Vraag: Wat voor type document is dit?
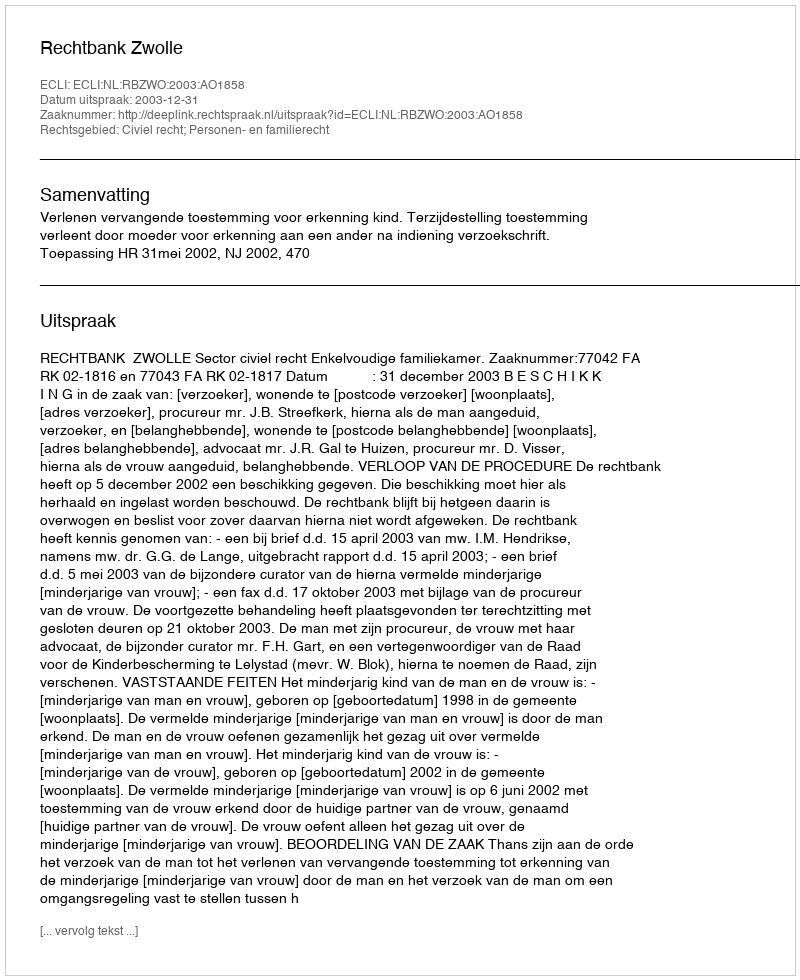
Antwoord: Uitspraak